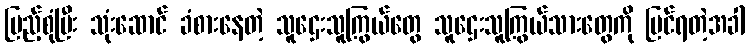
ပြည့်စုံပြီး သုံးဆောင် ခံစားနေတဲ့ သူဌေးသူကြွယ်တွေ သူဌေးသူကြွယ်သားတွေကို မြင်ရတဲ့အခါ